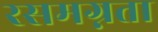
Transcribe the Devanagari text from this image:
रसमग्नता